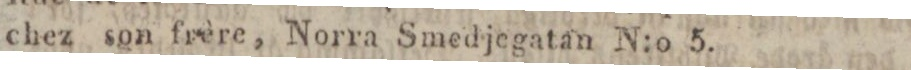
chez ſon frère, Norra Smedjegatan N:o 5.